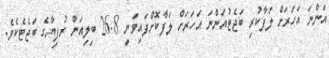
އަންނަ އަހަރަށް ލަފާކުރި ބަޖެޓުއަންނަ އަހަރަށް ލަފާކޮށްފައިވަނީ 26.8 ބިލިއަން ރުފިޔާގެ ބަޖެޓެކެވެ.